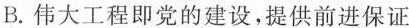
B. 伟大工程即党的建设，提供前进保证